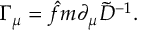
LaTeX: \Gamma _ { \mu } = \hat { f } m \partial _ { \mu } \tilde { D } ^ { - 1 } .